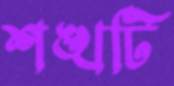
শঙ্খটি